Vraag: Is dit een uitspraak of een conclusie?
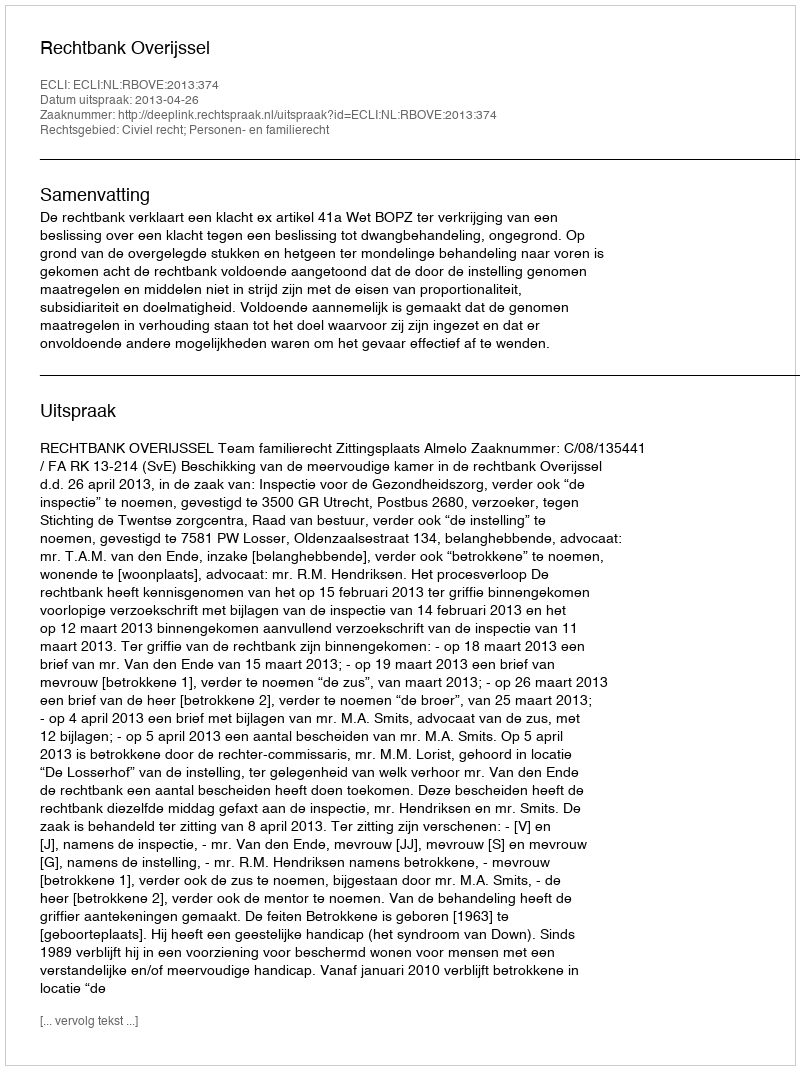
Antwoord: Uitspraak